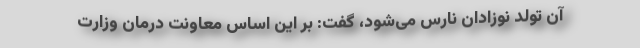
آن تولد نوزادان نارس می‌شود، گفت: بر این اساس معاونت درمان وزارت